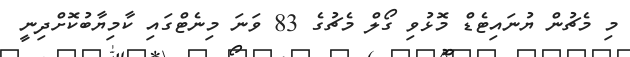
މި މެޗުން ޔުނައިޓެޑް މޮޅުވި ގޯލް މެޗުގެ 83 ވަނަ މިނެޓްގައި ކާމިޔާބުކޮށްދިނީ